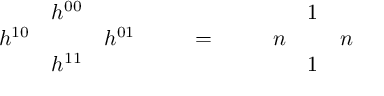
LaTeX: \begin{array} { c c c } { { } } & { { h ^ { 0 0 } } } & { { } } \\ { { h ^ { 1 0 } } } & { { } } & { { h ^ { 0 1 } } } \\ { { } } & { { h ^ { 1 1 } } } & { { } } \end{array} \qquad = \qquad \begin{array} { c c c } { { } } & { { 1 } } & { { } } \\ { { n } } & { { } } & { { n } } \\ { { } } & { { 1 } } & { { } } \end{array}